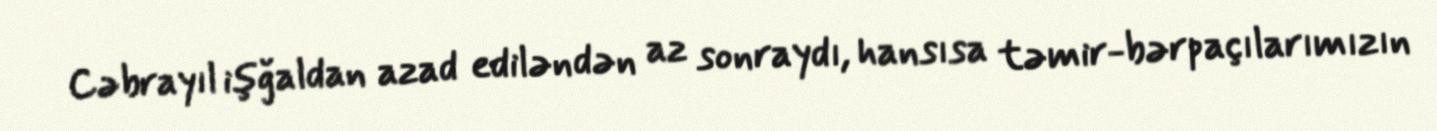
Cəbrayıl işğaldan azad ediləndən az sonraydı, hansısa təmir-bərpaçılarımızın